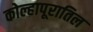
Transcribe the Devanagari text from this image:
कोल्हापूरातिल